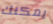
يمكنك